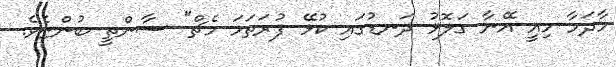
މާދަމާ މިއީ އޭނާ ގަލޮޅު ދަނޑުގައި ކުޅޭ ފުރަތަމަ މެޗް" ސާންތީ ބުންޏެވެ.